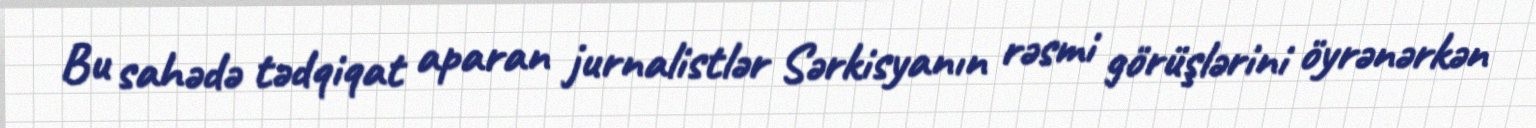
Bu sahədə tədqiqat aparan jurnalistlər Sərkisyanın rəsmi görüşlərini öyrənərkən